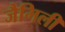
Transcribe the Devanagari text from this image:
जैमिली